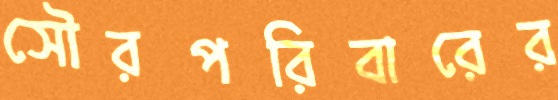
সৌরপরিবারের